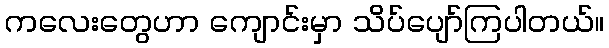
ကလေးတွေဟာ ကျောင်းမှာ သိပ်ပျော်ကြပါတယ်။